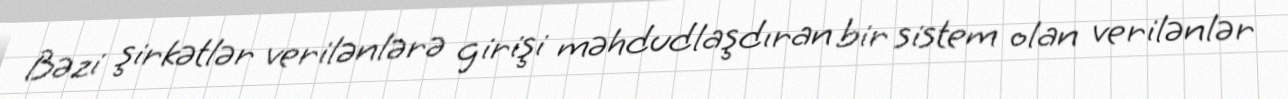
Bəzi şirkətlər verilənlərə girişi məhdudlaşdıran bir sistem olan verilənlər